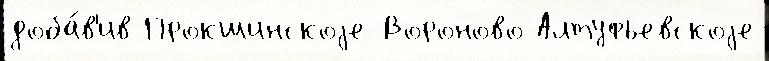
доба́в'ив Прокшинскоjе Вороново Алтуфьевскоjе